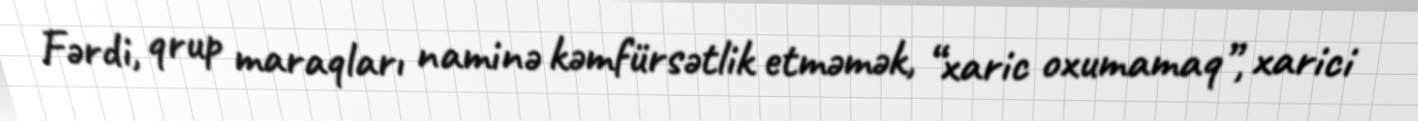
Fərdi, qrup maraqları naminə kəmfürsətlik etməmək, “xaric oxumamaq”, xarici